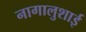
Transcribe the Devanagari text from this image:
नागालुशाई